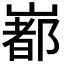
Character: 𡼞